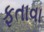
ફતાવા